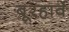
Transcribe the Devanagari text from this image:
बूरहार्वे